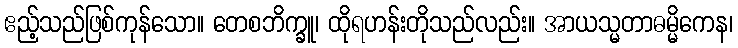
ဧည့်သည်ဖြစ်ကုန်သော။ တေစဘိက္ခူ၊ ထိုရဟန်းတိုသည်လည်း။ အာယသ္မတာဓမ္မိကေန၊